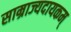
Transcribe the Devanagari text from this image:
साम्राज्यदायकम्